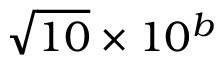
{ \sqrt { 1 0 } } \times 1 0 ^ { b }